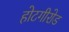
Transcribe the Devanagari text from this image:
होटगीरोड